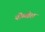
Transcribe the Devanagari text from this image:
नीम्खेरा